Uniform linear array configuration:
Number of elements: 64
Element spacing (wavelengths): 0.75
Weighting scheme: kaiser
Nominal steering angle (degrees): -45
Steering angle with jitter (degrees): -43.582
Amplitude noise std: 0.05
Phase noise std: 0.05

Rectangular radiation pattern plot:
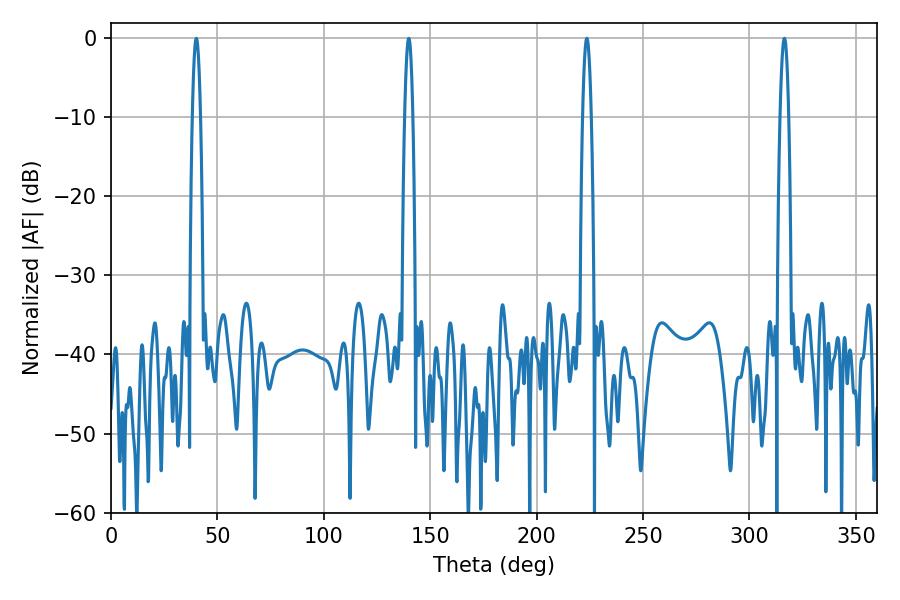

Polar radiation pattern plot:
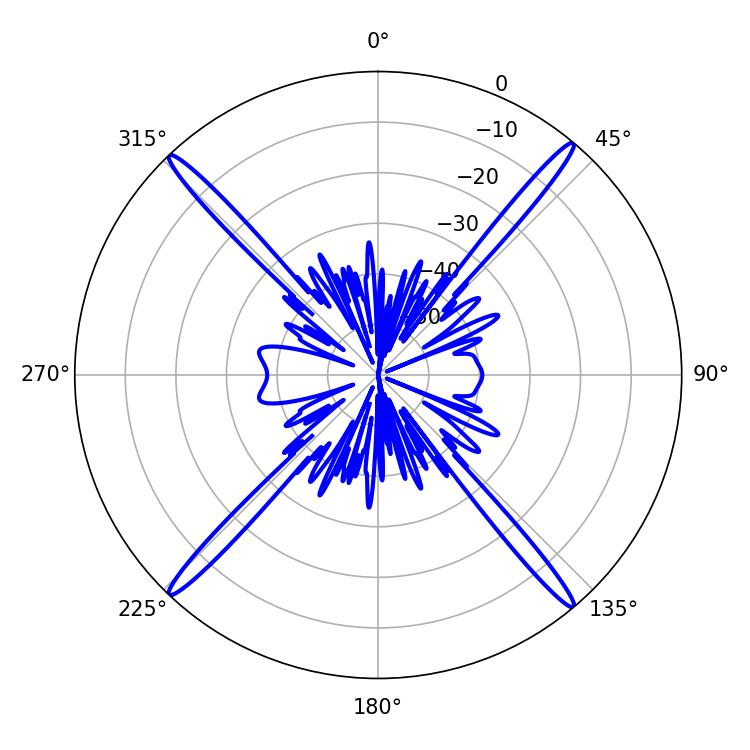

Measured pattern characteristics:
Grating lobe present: TRUE
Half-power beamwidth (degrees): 2.16
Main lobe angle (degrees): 223.56